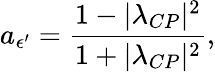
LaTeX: a_{\epsilon^{\prime}}=\frac{1-|\lambda_{CP}|^{2}}{1+|\lambda_{CP}|^{2}},